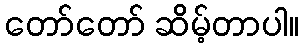
တော်တော် ဆိမ့်တာပါ။